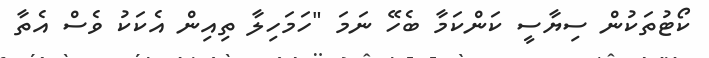
ކޯޓުތަކުން ސިޔާސީ ކަންކަމާ ބެހޭ ނަމަ "ހަމަހިލާ ތިއިން އެކަކު ވެސް އެތާ